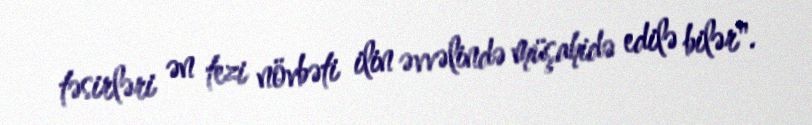
təsirləri ən tezi növbəti ilin əvvəlində müşahidə edilə bilər".